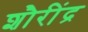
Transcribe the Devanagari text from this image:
शौरींद्र